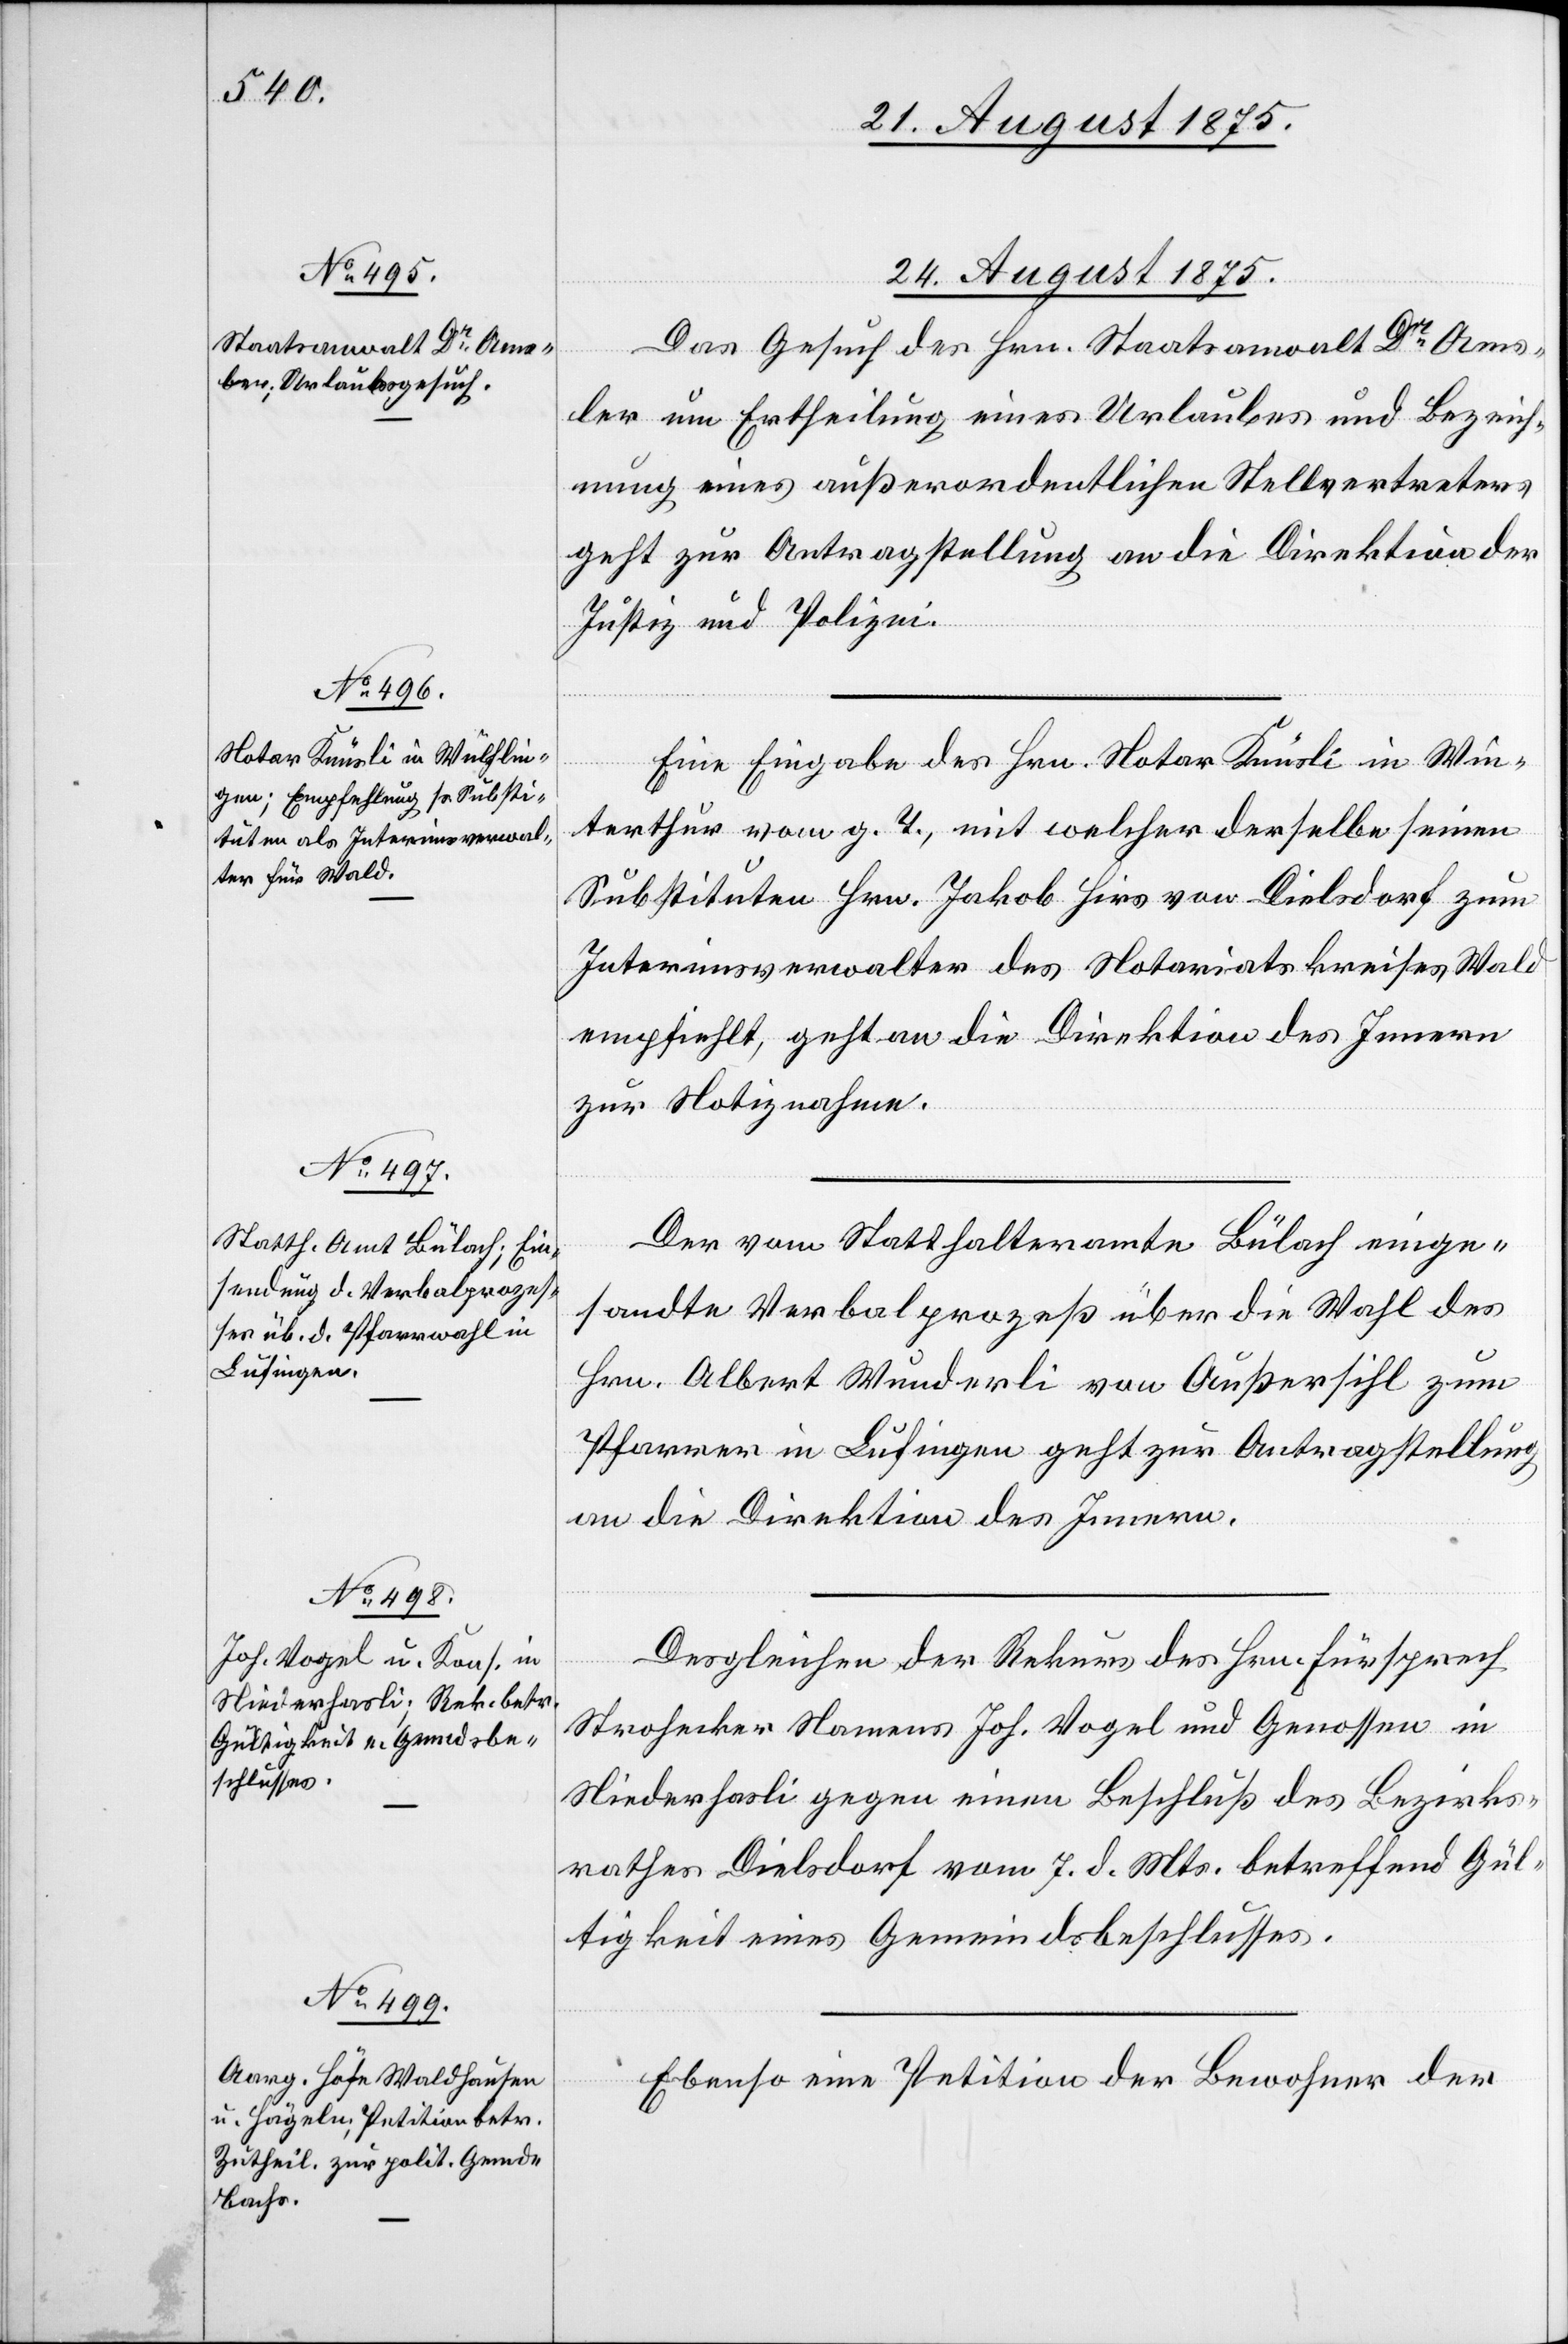
24. August 1875.]
Das Gesuch des Hrn. Staatsanwalt Dr Ams¬
ler um Ertheilung eines Urlaubes und Bezeich¬
nung eines Außerordentlichen Stellvertreters
geht zur Antragstellung an die Direktion der
Justiz und Polizei.
Eine Eingabe des Hrn. Notar Knüsli in Win¬
terthur vom g. T., mit welcher derselbe seinen
Substituten Hrn. Jakob Hirs von Dielsdorf zum
Interimsverwalter des Notariatskreises Wald
empfiehlt, geht an die Direktion des Innern
zu Notiznahme.
Der vom Statthalteramte Bülach einge¬
sandte Verbalprozeß über die Wahl des
Hrn. Albert Wunderli von Außersihl zum
Pfarrer in Lufingen geht zur Antragstellung
an die Direktion des Innern.
Desgleichen der Rekurs des Hrn. Fürsprech
Strohecker Namens Joh. Vogel und Genossen in
Niederhasli gegen eine Beschluß des Bezirks¬
rathes Dielsdorf vom 7. d. Mts. betreffend Gül¬
tigkeit eines Gemeindsbeschlusses.
Ebenso eine Petition der Bewohner der